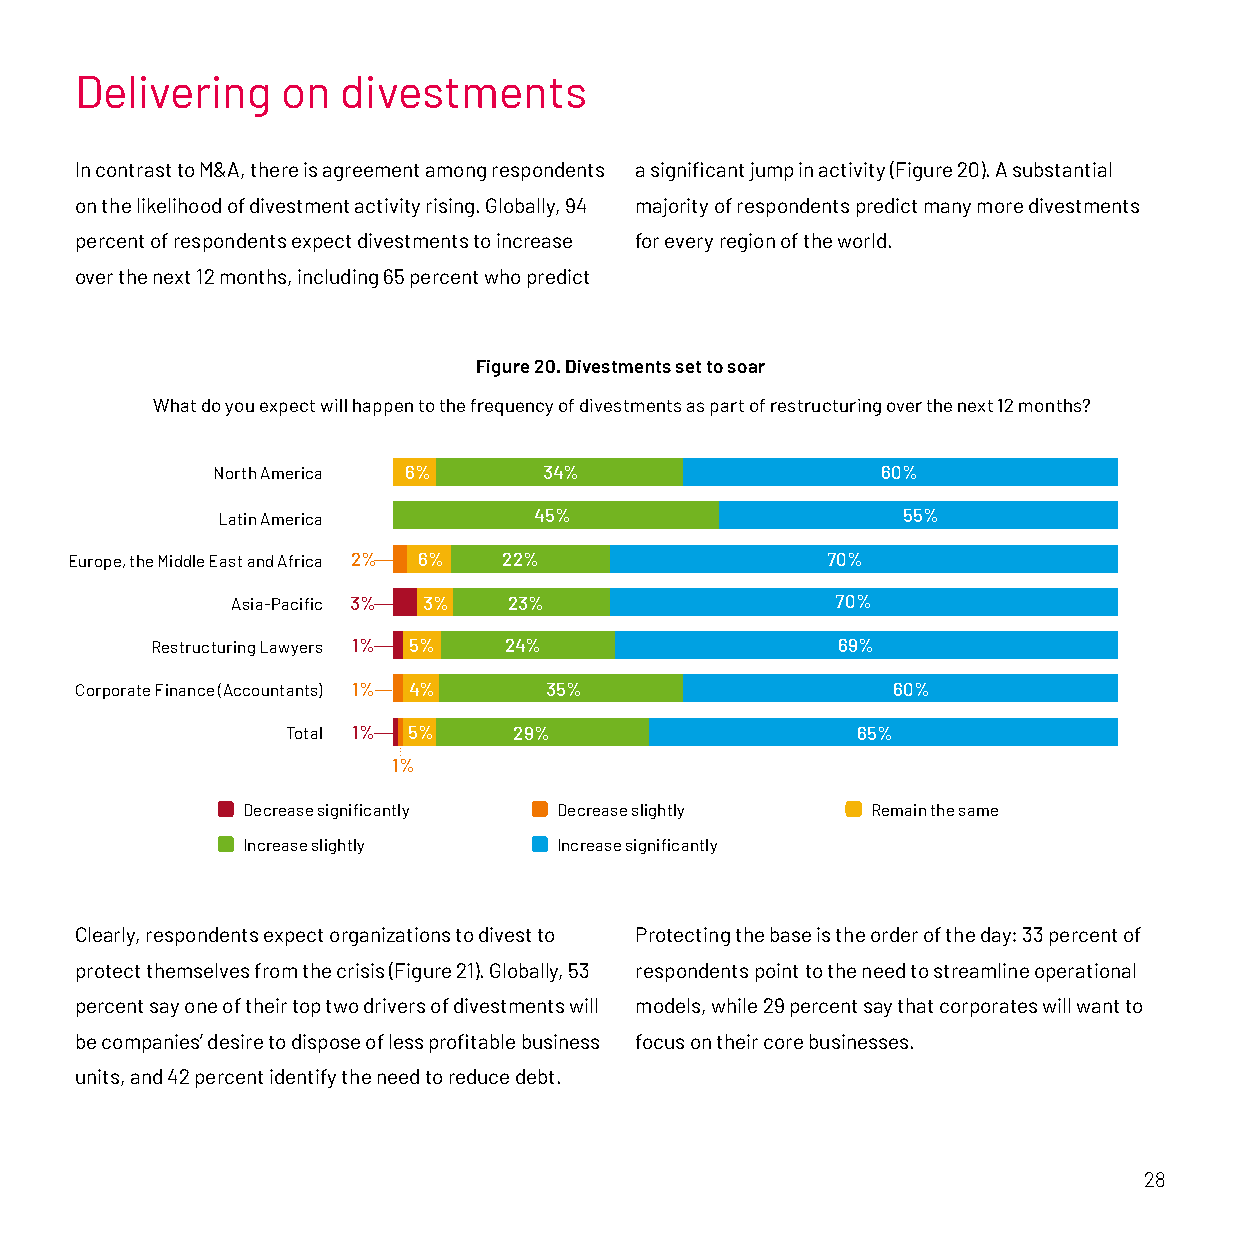
Delivering    on  divestments
 In contrast to M&A, there is agreement among respondents a significant jump in activity (Figure 20). A substantial
 on the likelihood of divestment activity rising. Globally, 94 majority of respondents predict many more divestments
 percent of respondents expect divestments to increase for every region of the world.
 over the next 12 months, including 65 percent who predict
 Figure 20. Divestments set to soar
 What do you expect will happen to the frequency of divestments as part of restructuring over the next 12 months?
 North America 6%      34%                   60%
 Latin America        45%                      55%
 Europe, the Middle East and Africa 2% 6% 22%       70%
 Asia-Pacific 3% 3% 23%                  70%
 Restructuring Lawyers 1% 5% 24%              69%
 Corporate Finance (Accountants) 1% 4% 35%             60%
 Total 1% 5%    29%                    65%
 1%
 Decrease significantly Decrease slightly  Remain the same
 Increase slightly    Increase significantly
 Clearly, respondents expect organizations to divest to Protecting the base is the order of the day: 33 percent of
 protect themselves from the crisis (Figure 21). Globally, 53 respondents point to the need to streamline operational
 percent say one of their top two drivers of divestments will models, while 29 percent say that corporates will want to
 be companies’ desire to dispose of less profitable business focus on their core businesses.
 units, and 42 percent identify the need to reduce debt.
 28